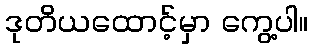
ဒုတိယထောင့်မှာ ကွေ့ပါ။